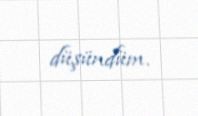
düşündüm.